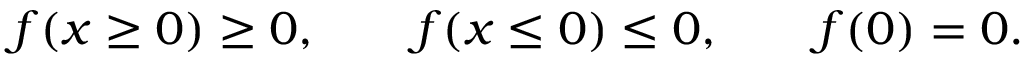
\begin{array} { r } { f ( x \geq 0 ) \geq 0 , \qquad f ( x \leq 0 ) \leq 0 , \qquad f ( 0 ) = 0 . } \end{array}